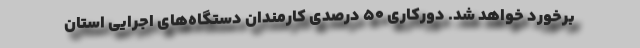
برخورد خواهد شد. دورکاری ۵۰ درصدی کارمندان دستگاه‌های اجرایی استان